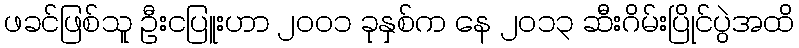
ဖခင်ဖြစ်သူ ဦးငပြူးဟာ ၂၀၀၁ ခုနှစ်က နေ ၂၀၁၃ ဆီးဂိမ်းပြိုင်ပွဲအထိ